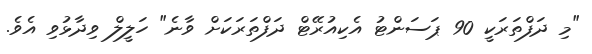
"މި ދަފްތަރަކީ 90 ޕަސަންޓު އެކިއުރޭޓް ދަފްތަރަކަށް ވާނެ" ހަލީލް ވިދާޅުވި އެވެ.